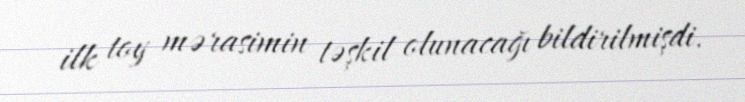
ilk toy mərasimin təşkil olunacağı bildirilmişdi.